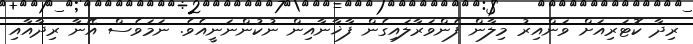
ރިދާ ކޮޓަރިއަށް ވަންއިރު މިލާން ފެންވަރާލައިގެން ފާޚާނާއިން ނުކުންނަނީއެވެ. ނަމަވެސް އޭނާ ރިދާއާއި